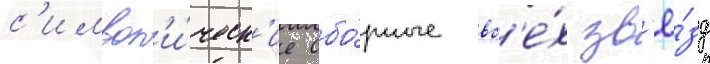
с'имвол'и́ческ'ие сбо́рные вс'е́х зв'ё́зд